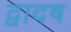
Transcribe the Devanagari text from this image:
द्वादष